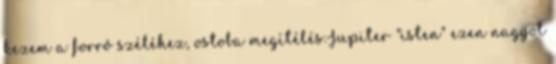
kezem a forró széléhez, ostoba megítélés.Jupiter "isten" ezen nagyot